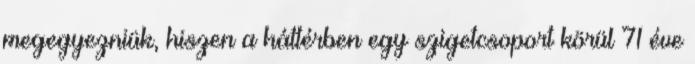
megegyezniük, hiszen a háttérben egy szigetcsoport körül 71 éve